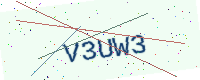
Text: V3UW3